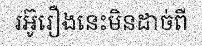
រអ៊ូរឿងនេះមិនដាច់ពី